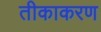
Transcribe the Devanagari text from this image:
तीकाकरण